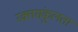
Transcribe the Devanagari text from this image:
रक्तसंकुलता